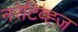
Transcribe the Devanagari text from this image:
नरेटिव्ह्ज